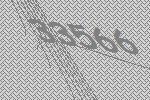
33566